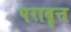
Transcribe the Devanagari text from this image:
परावॄत्त